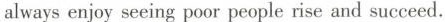
alwaysenjoy seeing poor people rise and succeed.